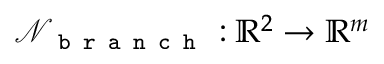
\mathcal { N } _ { \texttt { b r a n c h } } : \mathbb { R } ^ { 2 } \rightarrow \mathbb { R } ^ { m }